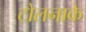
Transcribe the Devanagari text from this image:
टोलनाके